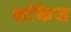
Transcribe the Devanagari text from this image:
शाॅकेस